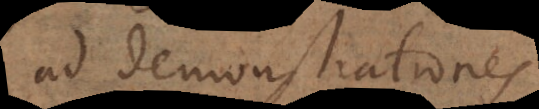
ad demonstrationes